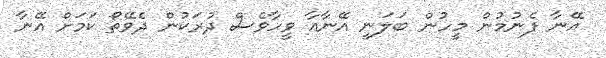
އޭނާ ފެނުމުން މީހުން ބަލަނީ އޭނާއާ ވީހާވެސް ދުރަކުން ދެވޭތޯ ކަމަށް އޭނާ